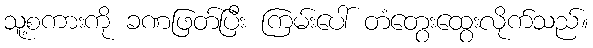
သူ့စကားကို ခဏဖြတ်ပြီး ကြမ်းပေါ် တံတွေးထွေးလိုက်သည်။